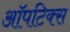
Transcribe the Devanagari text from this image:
ऑपटिक्स